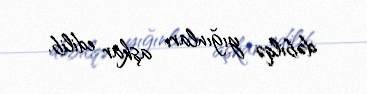
dəbilqə yığınları aşkar edilib.